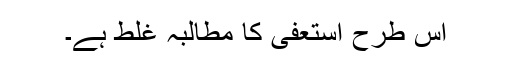
اس طرح استعفیٰ کا مطالبہ غلط ہے۔